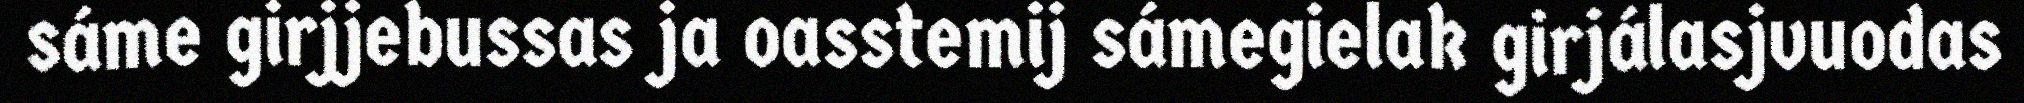
sáme girjjebussas ja oasstemij sámegielak girjálasjvuodas